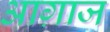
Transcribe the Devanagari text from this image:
आग़ाज